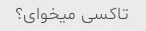
تاکسی میخوای؟